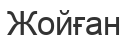
Жойған